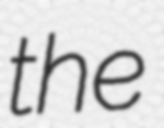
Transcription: the